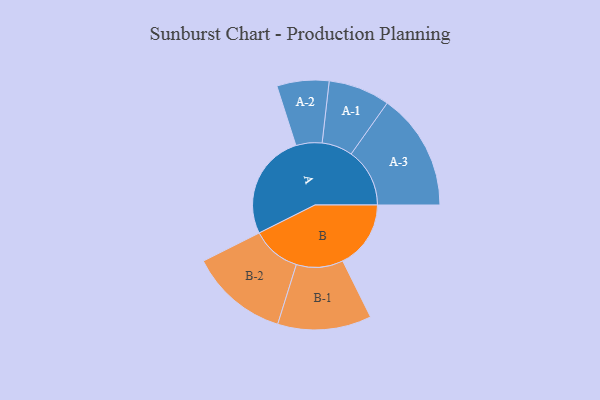
{"axis": {"x": "Segment", "y": "Value"}, "legend": ["", "A", "B"], "data": [{"x": "A", "y": 488, "type": ""}, {"x": "B", "y": 314, "type": ""}, {"x": "A-1", "y": 142, "type": "A"}, {"x": "A-2", "y": 120, "type": "A"}, {"x": "A-3", "y": 270, "type": "A"}, {"x": "B-1", "y": 216, "type": "B"}, {"x": "B-2", "y": 227, "type": "B"}]}